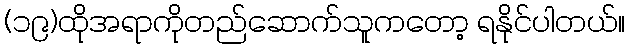
(၁၉)ထိုအရာကိုတည်ဆောက်သူကတော့ ရနိုင်ပါတယ်။